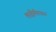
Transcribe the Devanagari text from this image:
लक्षीमीपास्नं